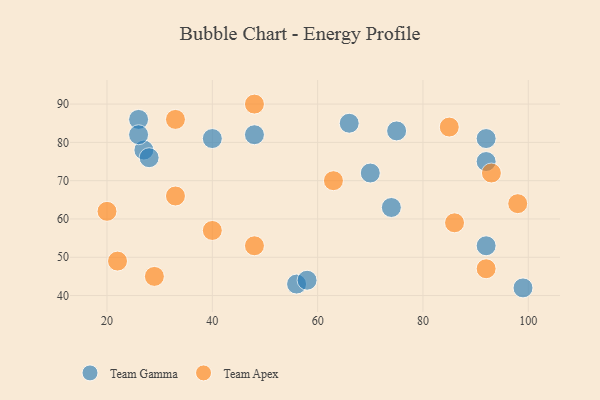
{"axis": {"x": "GDP", "y": "Life Expectancy"}, "legend": ["Team Apex", "Team Gamma"], "data": [{"x": "27", "y": 78, "type": "Team Gamma"}, {"x": "56", "y": 43, "type": "Team Gamma"}, {"x": "99", "y": 42, "type": "Team Gamma"}, {"x": "48", "y": 82, "type": "Team Gamma"}, {"x": "40", "y": 81, "type": "Team Gamma"}, {"x": "26", "y": 86, "type": "Team Gamma"}, {"x": "92", "y": 81, "type": "Team Gamma"}, {"x": "70", "y": 72, "type": "Team Gamma"}, {"x": "26", "y": 82, "type": "Team Gamma"}, {"x": "74", "y": 63, "type": "Team Gamma"}, {"x": "92", "y": 75, "type": "Team Gamma"}, {"x": "75", "y": 83, "type": "Team Gamma"}, {"x": "28", "y": 76, "type": "Team Gamma"}, {"x": "92", "y": 53, "type": "Team Gamma"}, {"x": "66", "y": 85, "type": "Team Gamma"}, {"x": "58", "y": 44, "type": "Team Gamma"}, {"x": "29", "y": 45, "type": "Team Apex"}, {"x": "48", "y": 90, "type": "Team Apex"}, {"x": "33", "y": 66, "type": "Team Apex"}, {"x": "85", "y": 84, "type": "Team Apex"}, {"x": "33", "y": 86, "type": "Team Apex"}, {"x": "98", "y": 64, "type": "Team Apex"}, {"x": "40", "y": 57, "type": "Team Apex"}, {"x": "93", "y": 72, "type": "Team Apex"}, {"x": "22", "y": 49, "type": "Team Apex"}, {"x": "48", "y": 53, "type": "Team Apex"}, {"x": "86", "y": 59, "type": "Team Apex"}, {"x": "92", "y": 47, "type": "Team Apex"}, {"x": "63", "y": 70, "type": "Team Apex"}, {"x": "20", "y": 62, "type": "Team Apex"}]}